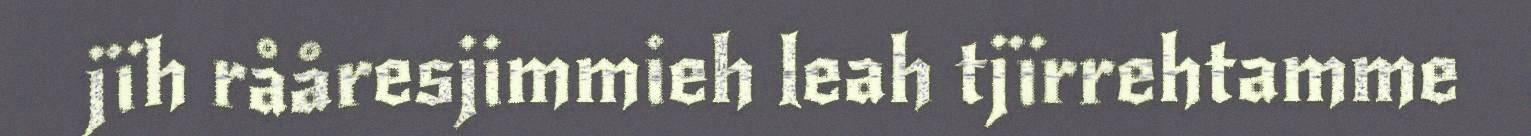
jïh rååresjimmieh leah tjïrrehtamme